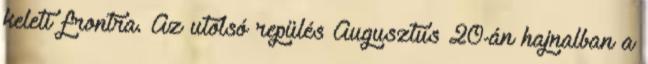
keleti frontra. Az utolsó repülés Augusztus 20-án hajnalban a